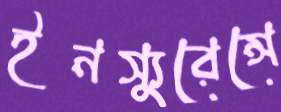
ইনস্যুরেন্সে